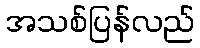
အသစ်ပြန်လည်